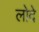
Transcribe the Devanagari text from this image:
लोदे